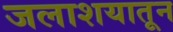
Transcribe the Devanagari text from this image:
जलाशयातून